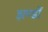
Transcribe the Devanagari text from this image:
झण्‍डों